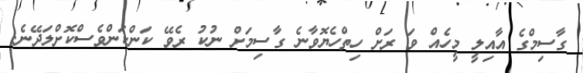
ގާސިމްގެ އާއިލީ މީހެއް ވަ ރަށް ހިތްހެޔޮވާނެ ގާސިމަށް ނުކު ރެވޭ ކަންކަންވެސްކޮށްލަދޭނެ.